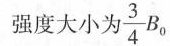
强度大小) $$\frac{3}{4}B_{0}$$